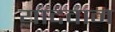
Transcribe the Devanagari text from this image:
यादवान